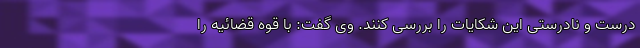
درست و نادرستی این شکایات را بررسی کنند. وی گفت: با قوه قضائیه را